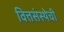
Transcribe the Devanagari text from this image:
वित्तसंस्थेची